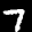
Digit: 7